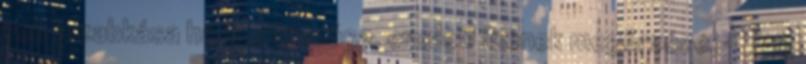
volt a zabkása hangsúlyozása, eredeti ízének megőrzése. - 75g